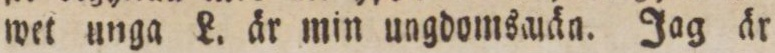
wet unga L. är min ungdomsaiän. Jag är